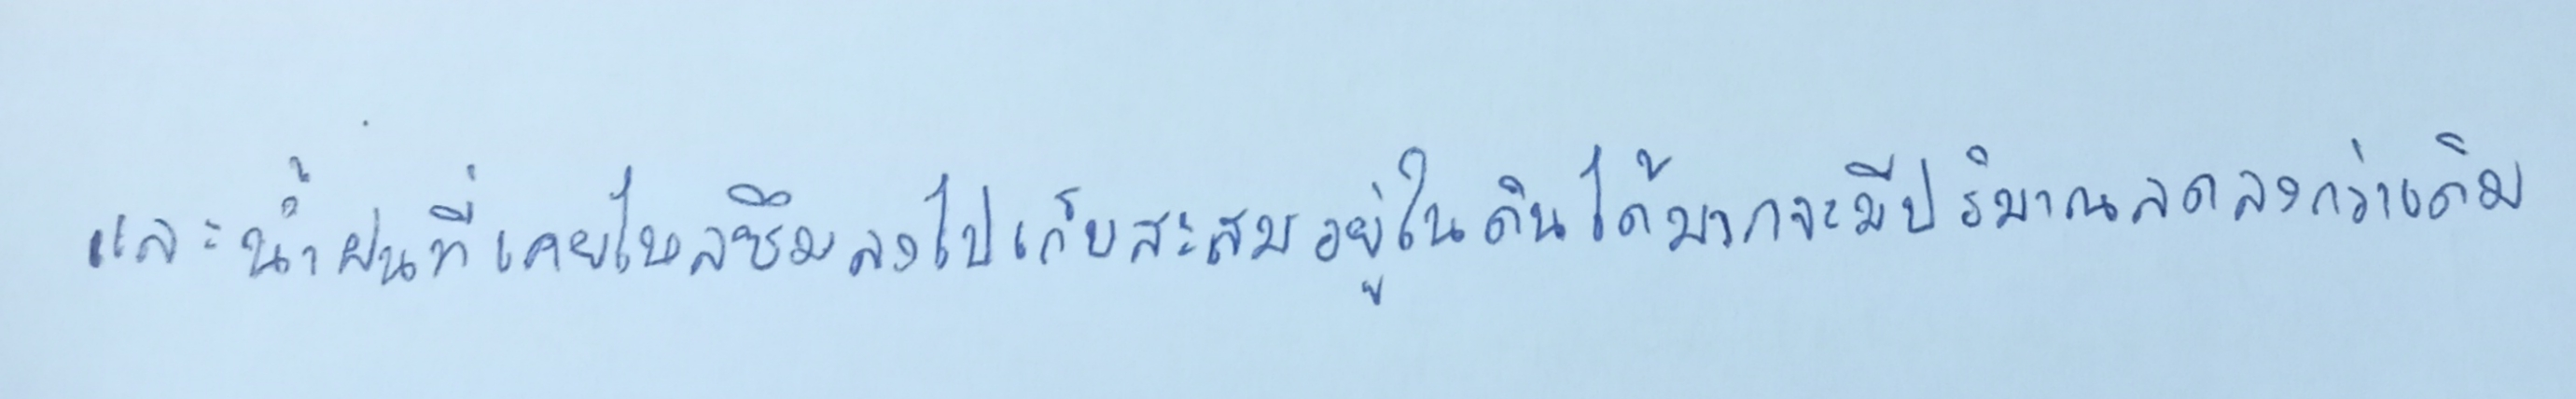
และน้ำฝนที่เคยไหลซึมลงไปเก็บสะสมอยู่ในดินได้มากจะมีปริมาณลดลงกว่าเดิม